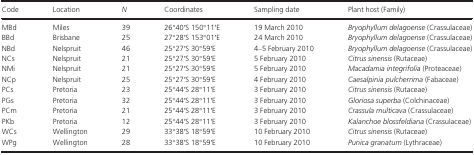
<table><thead><tr><td><b>Code</b></td><td><b>Location</b></td><td><b><i>N</i></b></td><td><b>Coordinates</b></td><td><b>Sampling date</b></td><td><b>Plant host (Family)</b></td></tr></thead><tbody><tr><td>MBd</td><td>Miles</td><td>39</td><td>26°40′S 150°11′E</td><td>19 March 2010</td><td><i>Bryophyllum delagoense</i> (Crassulaceae)</td></tr><tr><td>BBd</td><td>Brisbane</td><td>25</td><td>27°28′S 153°01′E</td><td>24 March 2010</td><td><i>Bryophyllum delagoense</i> (Crassulaceae)</td></tr><tr><td>NBd</td><td>Nelspruit</td><td>46</td><td>25°27′S 30°59′E</td><td>4–5 February 2010</td><td><i>Bryophyllum delagoense</i> (Crassulaceae)</td></tr><tr><td>NCs</td><td>Nelspruit</td><td>21</td><td>25°27′S 30°59′E</td><td>5 February 2010</td><td><i>Citrus sinensis</i> (Rutaceae)</td></tr><tr><td>NMi</td><td>Nelspruit</td><td>21</td><td>25°27′S 30°59′E</td><td>5 February 2010</td><td><i>Macadamia integrifolia</i> (Proteaceae)</td></tr><tr><td>NCp</td><td>Nelspruit</td><td>25</td><td>25°27′S 30°59′E</td><td>4 February 2010</td><td><i>Caesalpinia pulcherrima</i> (Fabaceae)</td></tr><tr><td>PCs</td><td>Pretoria</td><td>23</td><td>25°44′S 28°11′E</td><td>3 February 2010</td><td><i>Citrus sinensis</i> (Rutaceae)</td></tr><tr><td>PGs</td><td>Pretoria</td><td>32</td><td>25°44′S 28°11′E</td><td>3 February 2010</td><td><i>Gloriosa superba</i> (Colchinaceae)</td></tr><tr><td>PCm</td><td>Pretoria</td><td>21</td><td>25°44′S 28°11′E</td><td>3 February 2010</td><td><i>Crassula multicava</i> (Crassulaceae)</td></tr><tr><td>PKb</td><td>Pretoria</td><td>12</td><td>25°44′S 28°11′E</td><td>3 February 2010</td><td><i>Kalanchoe blossfeldiana</i> (Crassulaceae)</td></tr><tr><td>WCs</td><td>Wellington</td><td>29</td><td>33°38′S 18°59′E</td><td>10 February 2010</td><td><i>Citrus sinensis</i> (Rutaceae)</td></tr><tr><td>WPg</td><td>Wellington</td><td>28</td><td>33°38′S 18°59′E</td><td>10 February 2010</td><td><i>Punica granatum</i> (Lythraceae)</td></tr></tbody></table>